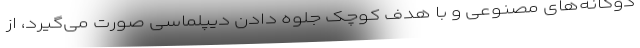
دوگانه‌های مصنوعی و با هدف کوچک جلوه دادن دیپلماسی صورت می‌گیرد، از